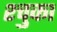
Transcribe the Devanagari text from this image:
श्चुका